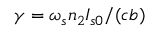
\gamma = \omega _ { s } n _ { 2 } I _ { s 0 } / ( c b )